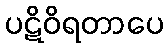
ပဋိဝိရတာပေ